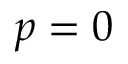
p = 0